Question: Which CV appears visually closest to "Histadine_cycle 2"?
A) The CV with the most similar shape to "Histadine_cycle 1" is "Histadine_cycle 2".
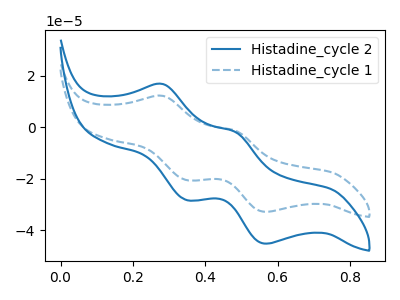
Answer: <think>The blue curve "Histadine_cycle 2" has anodic peaks at (0.30V, 16.85uA) (0.50V, -1.80uA) and cathodic peaks at (0.35V, -28.30uA) (0.55V, -45.30uA). The blue dashed curve "Histadine_cycle 1" has anodic peaks at (0.30V, 12.25uA) (0.50V, -1.30uA) and cathodic peaks at (0.35V, -20.55uA) (0.55V, -32.90uA).
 All the peaks in "Histadine_cycle 2" have a peak in "Histadine_cycle 1" at the same potential.</think>
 <answer>A) The CV with the most similar shape to "Histadine_cycle 1" is "Histadine_cycle 2".</answer>
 <eval>A</eval>